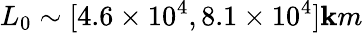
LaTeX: L_{0}\sim[4.6\times10^{4},8.1\times10^{4}]\mathbf{k}m